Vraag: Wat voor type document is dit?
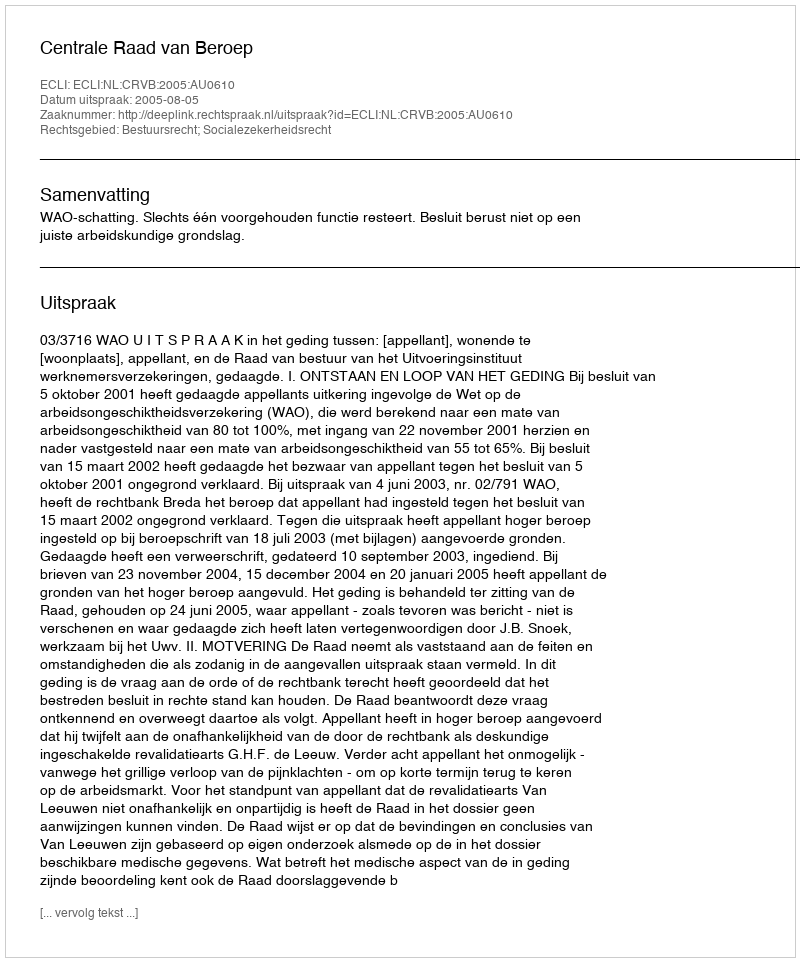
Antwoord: Uitspraak